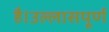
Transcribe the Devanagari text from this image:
है।उल्लासपूर्ण